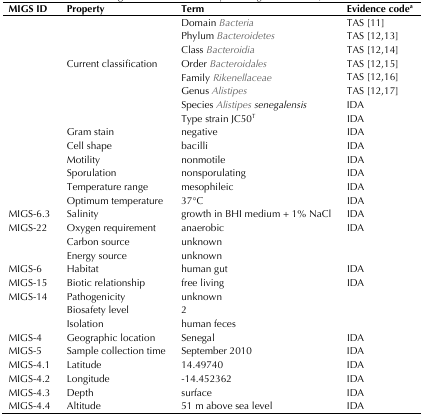
| MIGS ID | Property | Term | Evidence codea |
 | --- | --- | --- | --- |
 |  |  | Domain Bacteria | TAS [11] |
 |  |  | Phylum Bacteroidetes | TAS [12,13] |
 |  |  | Class Bacteroidia | TAS [12,14] |
 |  | Current classification | Order Bacteroidales | TAS [12,15] |
 |  |  | Family Rikenellaceae | TAS [12,16] |
 |  |  | Genus Alistipes | TAS [12,17] |
 |  |  | Species Alistipes senegalensis | IDA |
 |  |  | Type strain JC50T | IDA |
 |  | Gram stain | negative | IDA |
 |  | Cell shape | bacilli | IDA |
 |  | Motility | nonmotile | IDA |
 |  | Sporulation | nonsporulating | IDA |
 |  | Temperature range | mesophileic | IDA |
 |  | Optimum temperature | 37°C | IDA |
 | MIGS-6.3 | Salinity | growth in BHI medium + 1% NaCl | IDA |
 | MIGS-22 | Oxygen requirement | anaerobic | IDA |
 |  | Carbon source | unknown |  |
 |  | Energy source | unknown |  |
 | MIGS-6 | Habitat | human gut | IDA |
 | MIGS-15 | Biotic relationship | free living | IDA |
 | MIGS-14 | Pathogenicity | unknown |  |
 |  | Biosafety level | 2 |  |
 |  | Isolation | human feces |  |
 | MIGS-4 | Geographic location | Senegal | IDA |
 | MIGS-5 | Sample collection time | September 2010 | IDA |
 | MIGS-4.1 | Latitude | 14.49740 | IDA |
 | MIGS-4.2 | Longitude | -14.452362 | IDA |
 | MIGS-4.3 | Depth | surface | IDA |
 | MIGS-4.4 | Altitude | 51 m above sea level | IDA |